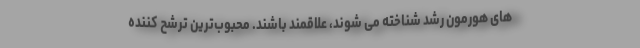
های هورمون رشد شناخته می شوند، علاقمند باشند. محبوب‌ترین ترشح کننده